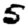
Digit: 5